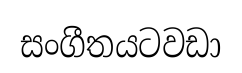
සංගීතයටවඩා